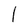
Character: l